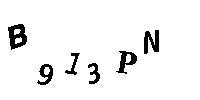
B913PN